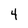
Character: 4